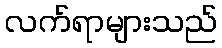
လက်ရာများသည်